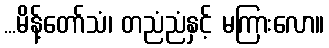
...မိန့်တော်သံ၊ တညံညံနှင့် မကြားလော။